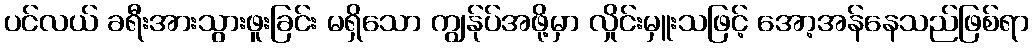
ပင်လယ် ခရီးအားသွားဖူးခြင်း မရှိသော ကျွန်ုပ်အဖို့မှာ လှိုင်းမှူးသဖြင့် အော့အန်နေသည်ဖြစ်ရာ